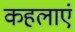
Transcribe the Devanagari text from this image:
कहलाएं